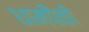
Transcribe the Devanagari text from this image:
धामपैकी